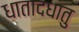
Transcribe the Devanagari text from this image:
धातादधातु